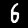
Digit: 6